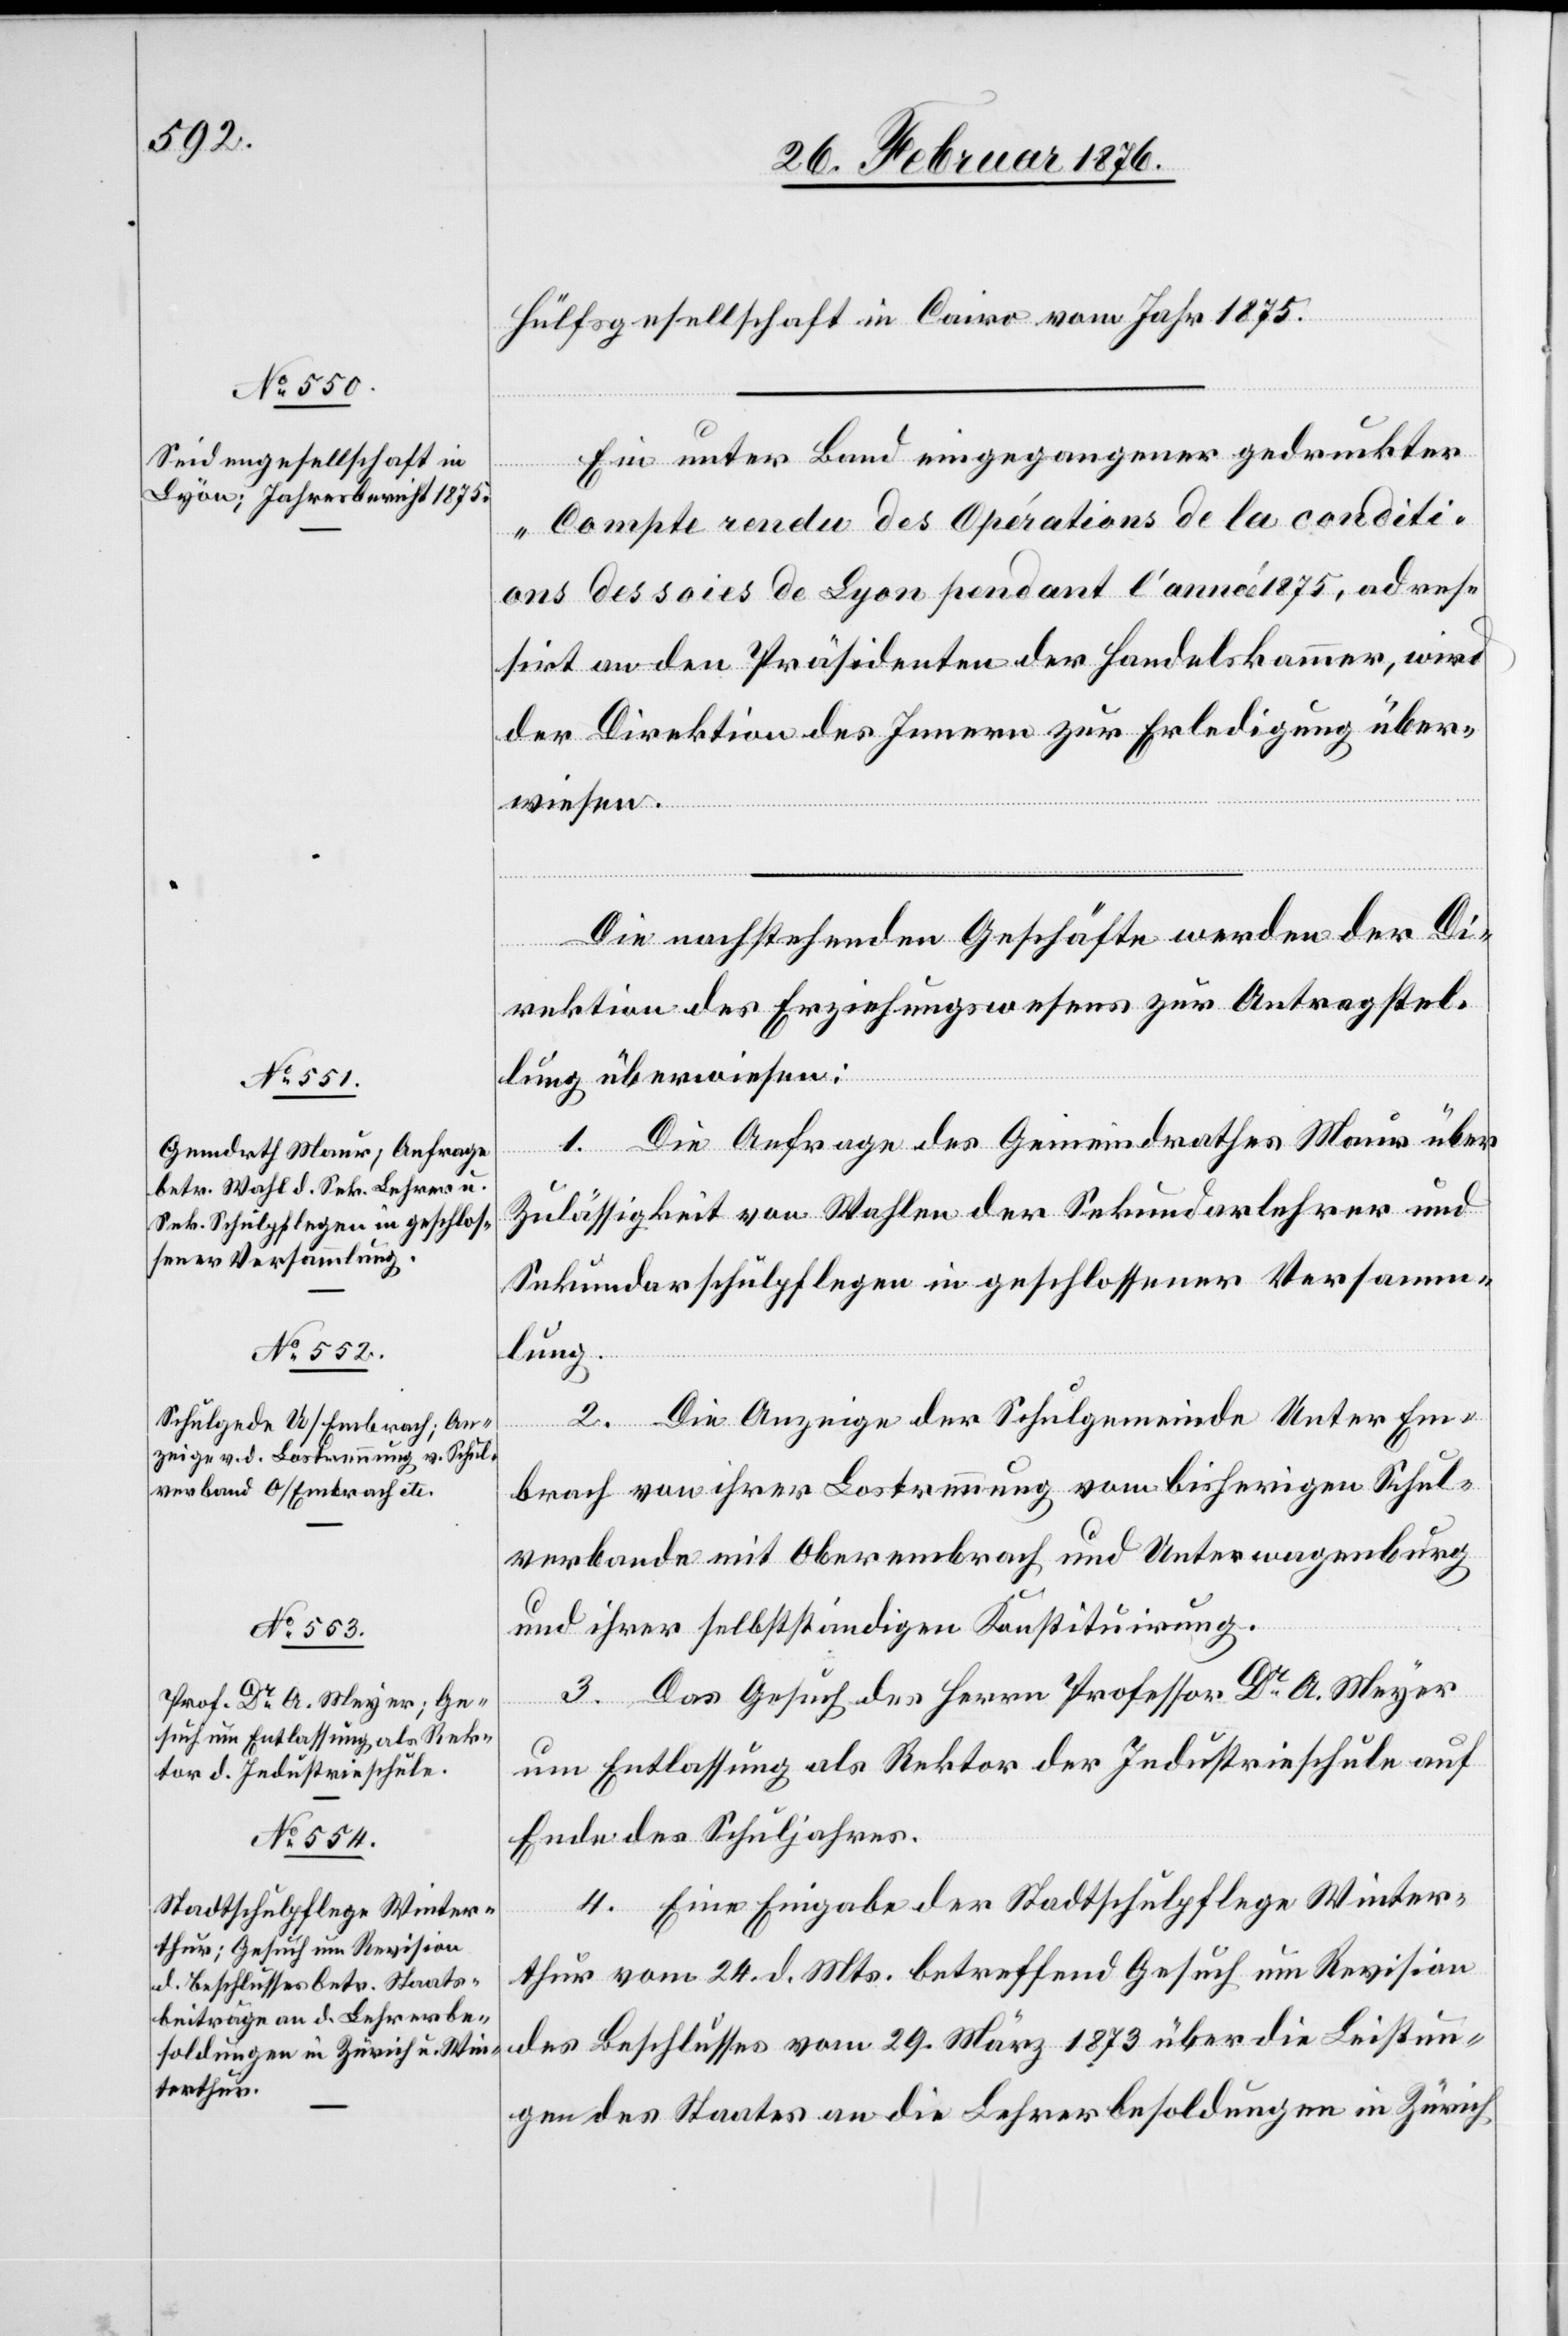
28. Februar 1876.]
Hülfsgesellschaft in Cairo vom Jahr 1875.
Ein unter Band eingegangener gedruckter
„Compte rendu des Opérations de la conditions
des soies de Lyon pendant l’année 1875“, adres¬
sirt an den Präsidenten der Handelskammer, wird
der Direktion des Innern zur Erledigung über¬
wiesen.
Die nachstehenden Geschäfte werden der Di¬
rektion des Erziehungswesens zur Antragstel¬
lung überwiesen:
1. Die Anfrage des Gemeindrathes Maur über
Zulässigkeit von Wahlen der Sekundarlehrer und
Sekundarschulpflegen in geschlossener Versamm¬
lung.
Die Anzeige der Schulgemeinde Unter Em¬
2.
brach von ihrer Lostrennung vom bisherigen Schul¬
verbande mit Oberembrach und Unterwagenburg
und ihrer selbständigen Konsistirung.
3. Das Gesuch des Herrn Professor Dr A. Meyer
um Entlassung als Rektor der Industrieschule auf
Ende des Schuljahres.
4. Eine Eingabe der Stadtschulpflege Winter¬
thur vom 24. d. Mts. betreffend Gesuch um Revision
des Beschlusses vom 29. März 1873 über die Leistun¬
gen des Staates an die Lehrerbesoldungen in Zürich